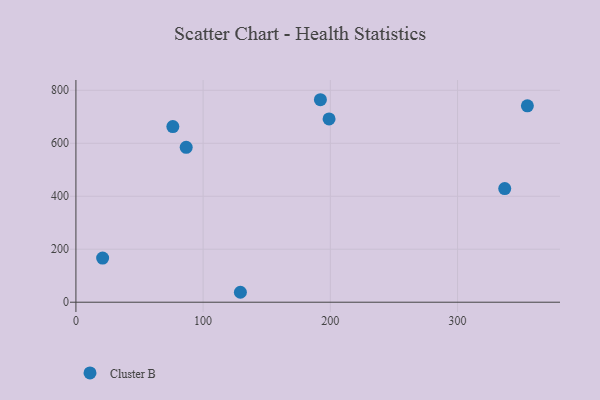
{"axis": {"x": "Study Hours", "y": "Profit"}, "legend": ["Cluster B"], "data": [{"x": "21.0", "y": 166.5, "type": "Cluster B"}, {"x": "354.9", "y": 741.2, "type": "Cluster B"}, {"x": "76.2", "y": 662.9, "type": "Cluster B"}, {"x": "129.3", "y": 37.5, "type": "Cluster B"}, {"x": "192.2", "y": 764.4, "type": "Cluster B"}, {"x": "86.7", "y": 584.8, "type": "Cluster B"}, {"x": "337.1", "y": 428.9, "type": "Cluster B"}, {"x": "199.0", "y": 692.1, "type": "Cluster B"}]}